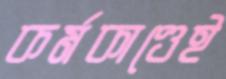
কর্মকাণ্ডেই